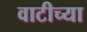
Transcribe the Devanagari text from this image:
वाटीच्या